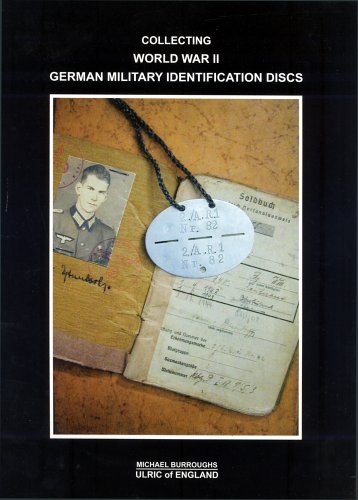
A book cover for Collecting World War II German Military Identification Discs: Collecting German Militaria; Ulric of England; Crafts, Hobbies & Home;